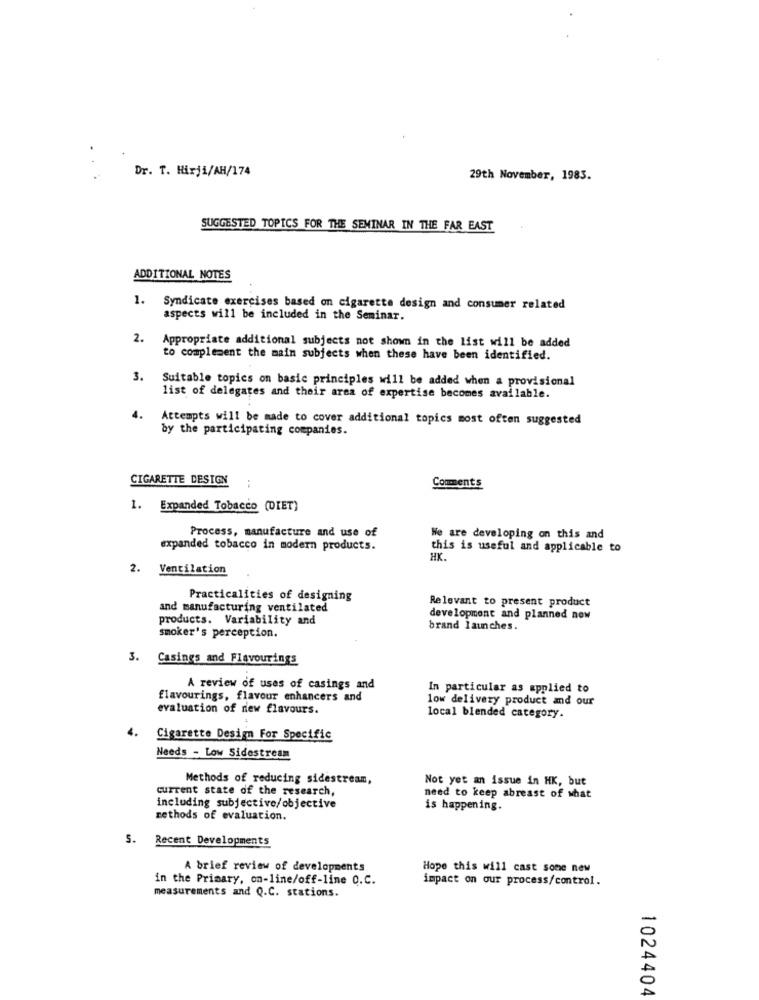
Dr. T. Hirji/AH/174
...
29th November, 1983.
SUGGESTED TOPICS FOR THE SEMINAR IN THE FAR EAST
ADDITIONAL NOTES
1.
Syndicate exercises based on cigarette design and consumer related
aspects will be included in the Seminar.
2.
Appropriate additional subjects not shown in the list will be added
to complement the main subjects when these have been identified.
3.
Suitable topics on basic principles will be added when a provisional
list of delegates and their area of expertise becomes available.
4.
Attempts will be made to cover additional topics most often suggested
by the participating companies.
CIGARETTE DESIGN
..
Comments
1. Expanded Tobacco (DIET)
Process, manufacture and use of
We are developing on this and
expanded tobacco in modern products.
this is useful and applicable to
HK.
2. Ventilation
Practicalities of designing
Relevant to present product
and manufacturing ventilated
products. Variability and
development and planned now
brand launches.
smoker's perception.
3. Casings and Flavourings
A review of uses of casings and
In particular as applied to
flavourings, flavour enhancers and
low delivery product and our
evaluation of new flavours.
local blended category.
4.
Cigarette Design For Specific
Needs - Low Sidestream
Methods of reducing sidestream,
Not yet an issue in HK, but
current state of the research,
need to keep abreast of what
including subjective/objective
is happening.
methods of evaluation.
5.
Recent Developments
A brief review of developments
Hope this will cast some new
in the Primary, on-line/off-line O.C.
impact on our process/control.
measurements and Q.C. stations.
1024404